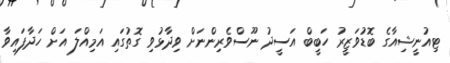
ޓިއުނީޝިއާގެ ބޮޑުވަޒީރު ހަބީބް އަސީދު ނޫސްވެރިންނަށް ވިދާޅުވި ގޮތުގައި އަމިއްލަ އަށް ހަދާފައިވާ